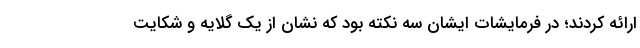
ارائه کردند؛ در فرمایشات ایشان سه نکته بود که نشان از یک گلایه و شکایت